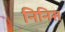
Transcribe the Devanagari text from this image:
निनिस